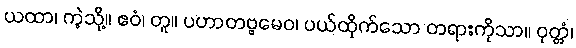
ယထာ၊ ကဲ့သို့။ ဧဝံ၊ တူ။ ပဟာတဗ္ဗမေဝ၊ ပယ်ထိုက်သော တရားကိုသာ။ ဝုတ္တံ၊